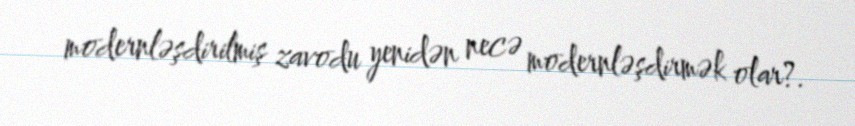
modernləşdirilmiş zavodu yenidən necə modernləşdirmək olar?.